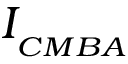
I _ { { } _ { C M B A } }